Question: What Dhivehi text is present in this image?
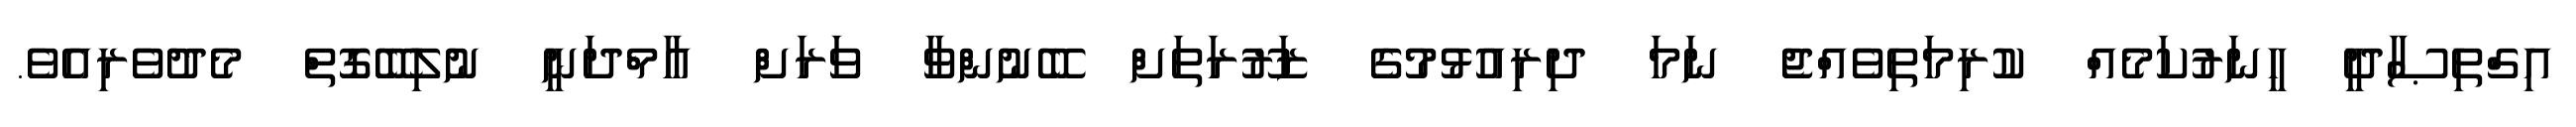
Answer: އިގްތިޞާދީ ހީނަރުކަމެއް ކުރިމަތިވެއްޖެ ނަމަ ދިރިއުޅުމުގެ ޒަރޫރަތަށް ބޭނުންވާ ވަރަށް އާމްދަނީ ނުލިބޭގޮތް މެދުވެރިއެވެ.